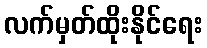
လက်မှတ်ထိုးနိုင်ရေး